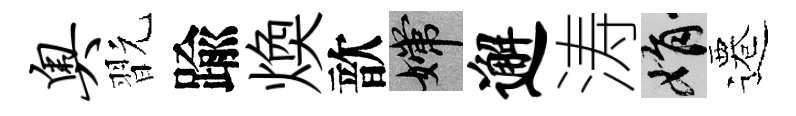
奥翫踰煥歆嫦邂涛娟遷